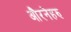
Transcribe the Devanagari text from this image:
औरनेहरु